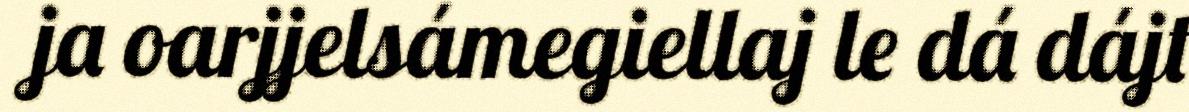
ja oarjjelsámegiellaj le dá dájt